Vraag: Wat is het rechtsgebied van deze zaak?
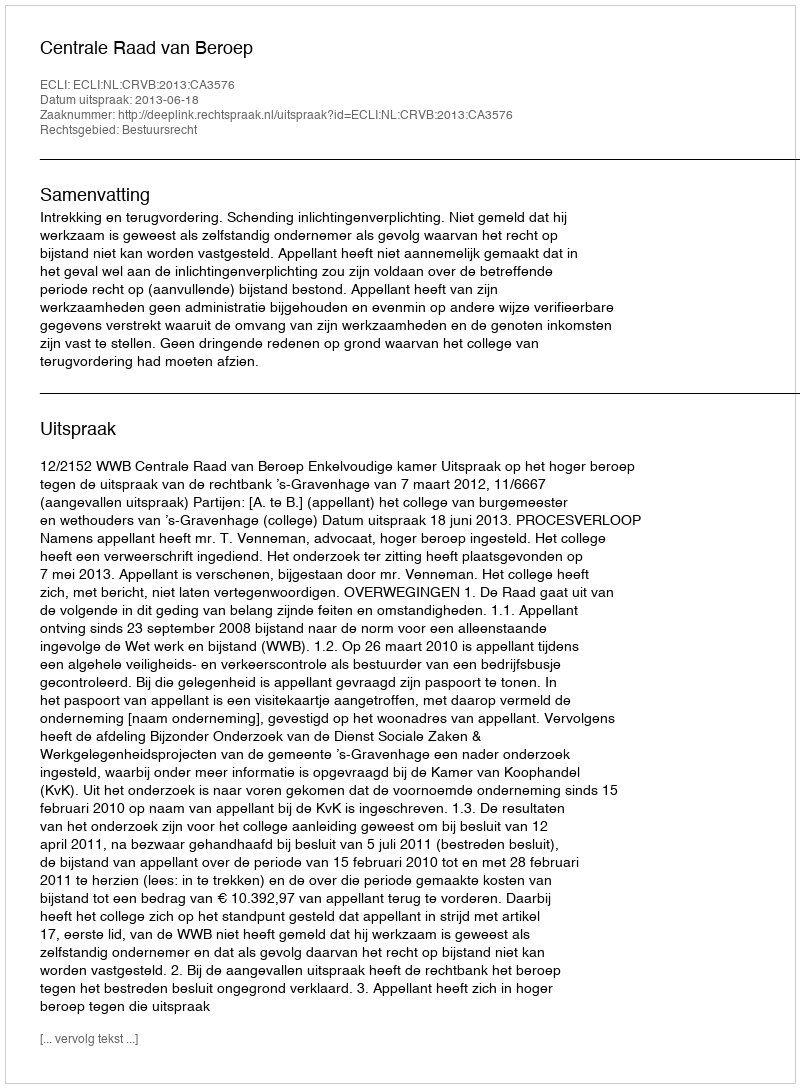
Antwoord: Bestuursrecht